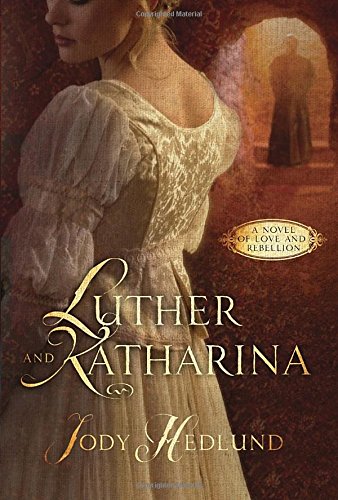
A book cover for Luther and Katharina: A Novel of Love and Rebellion; Jody Hedlund; Romance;